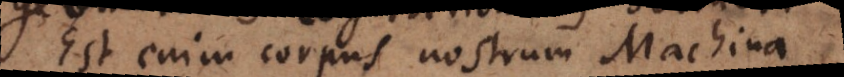
Est enim corpus nostrum Machina